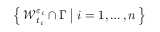
\left\{ \, \mathcal { W } _ { t _ { i } } ^ { \varepsilon _ { i } } \cap \Gamma \; \big | \; i = 1 , \ldots , n \, \right\}